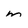
Character: m